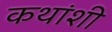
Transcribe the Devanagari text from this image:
कथांशी